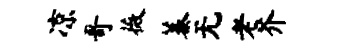
凉哥薇蓁无老芥